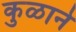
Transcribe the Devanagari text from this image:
कुळाने